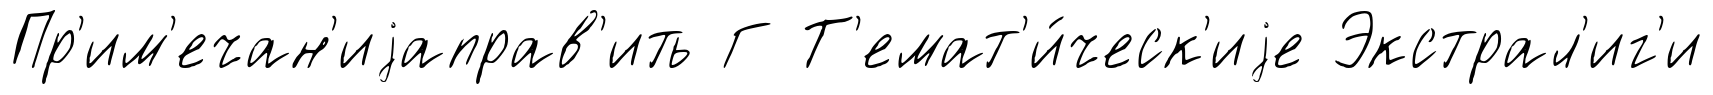
Пр'им'ечан'иjаправ'ить Г Т'емат'и́ческ'иjе Экстрал'иг'и